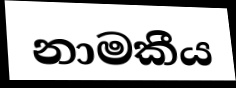
නාමකීය